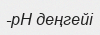
-pH деңгейі